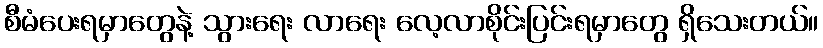
စီမံပေးရမှာတွေနဲ့ သွားရေး လာရေး လေ့လာစိုင်းပြင်းရမှာတွေ ရှိသေးတယ်။